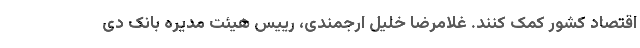
اقتصاد کشور کمک کنند. غلامرضا خلیل ارجمندی، رییس هیئت مدیره بانک دی